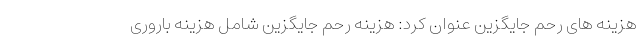
هزینه های رحم جایگزین عنوان کرد: هزینه رحم جایگزین شامل هزینه باروری